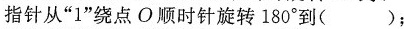
指针从”1”绕点O顺时针旋转180^{\circ}到( )；